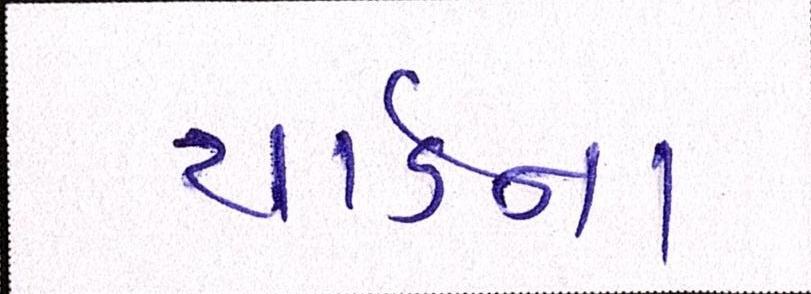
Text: યાર્ડનાં